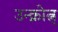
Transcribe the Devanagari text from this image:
उन्क्नोत्न्